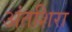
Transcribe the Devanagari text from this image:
अंतशिरा